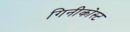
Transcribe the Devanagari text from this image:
गिनीकोस्ट